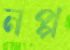
নপ্প